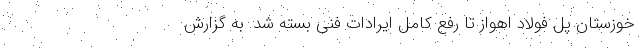
خوزستان پل فولاد اهواز تا رفع کامل ایرادات فنی بسته شد. به گزارش